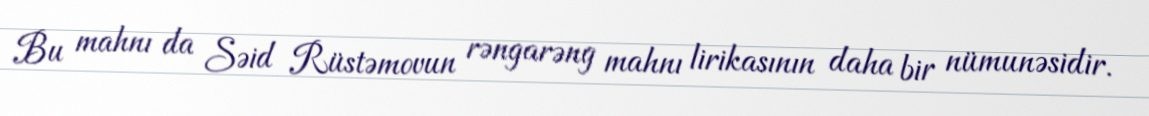
Bu mahnı da Səid Rüstəmovun rəngarəng mahnı lirikasının daha bir nümunəsidir.